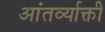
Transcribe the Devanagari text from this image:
आंतर्व्याक्ती